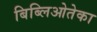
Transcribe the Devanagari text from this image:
बिब्लिओतेका